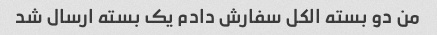
من دو بسته الکل سفارش دادم یک بسته ارسال شد